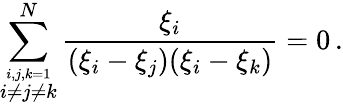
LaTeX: \sum_{\stackrel{i,j,k=1}{i\neq j\neq k}}^{N}\frac{\xi_{i}}{(\xi_{i}-\xi_{j})(\xi_{i}-\xi_{k})}=0\, .